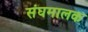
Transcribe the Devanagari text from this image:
संघमालक